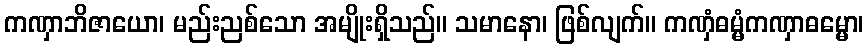
ကဏှာဘိဇာယော၊ မည်းညစ်သော အမျိုးရှိသည်။ သမာနော၊ ဖြစ်လျက်။ ကဏှံဓမ္မံကဏှာဓမ္မော၊